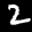
Label: 2